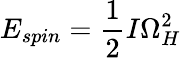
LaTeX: E_{spin}={\frac{1}{2}}I\Omega_{H}^{2}